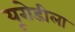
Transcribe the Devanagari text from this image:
यूरोडीला